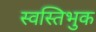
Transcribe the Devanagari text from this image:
स्वस्तिभुक